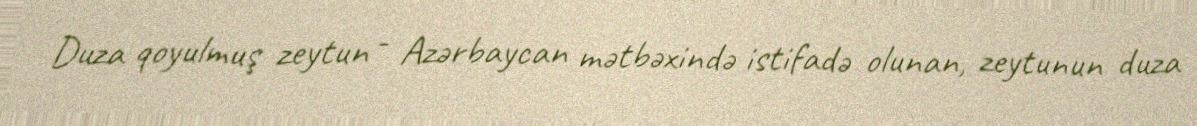
Duza qoyulmuş zeytun - Azərbaycan mətbəxində istifadə olunan, zeytunun duza